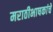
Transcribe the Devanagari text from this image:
मराठीभाषकांचे